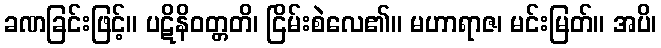
ခဏခြင်းဖြင့်။ ပဋိနိဝတ္တတိ၊ ငြိမ်းစဲလေ၏။ မဟာရာဇ၊ မင်းမြတ်။ အပိ၊